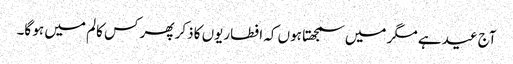
آج عید ہے مگر میں سمجھتا ہوں کہ افطاریوں کا ذکر پھر کس کالم میں ہو گا۔